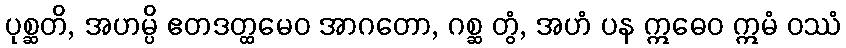
ပုစ္ဆတိ, အဟမ္ပိ ဧတဒတ္ထမေဝ အာဂတော, ဂစ္ဆ တွံ, အဟံ ပန ဣဓေဝ ဣမံ ဝဿံ